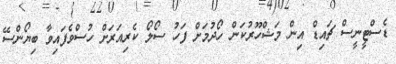
ޑެސްޓީނީސް ޗައިޑް އިން މަޝްހޫރުކަން ހޯދުމަށް ފަހު ސޯލޯ ކެރިއަރަށް ހުސްވެފައިވާ ބިޔޯންސޭ